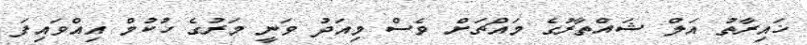
ޚައިރާތު އަލް ޝައްތާރުގެ މައްޗަށް ވެސް މިއަދު ވަނީ މަރުގެ ހުކުމް އިއްވައިފަ